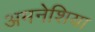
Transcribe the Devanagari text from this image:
अमनेशिया